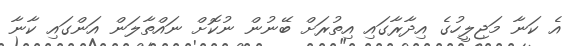
އެ ކަނާ މަޖިލީހުގެ އިދާރާގައި އިތުރަށް ބޭނުން ނުކޮށް ނައްތާލަން އަންގައި ކާނާ